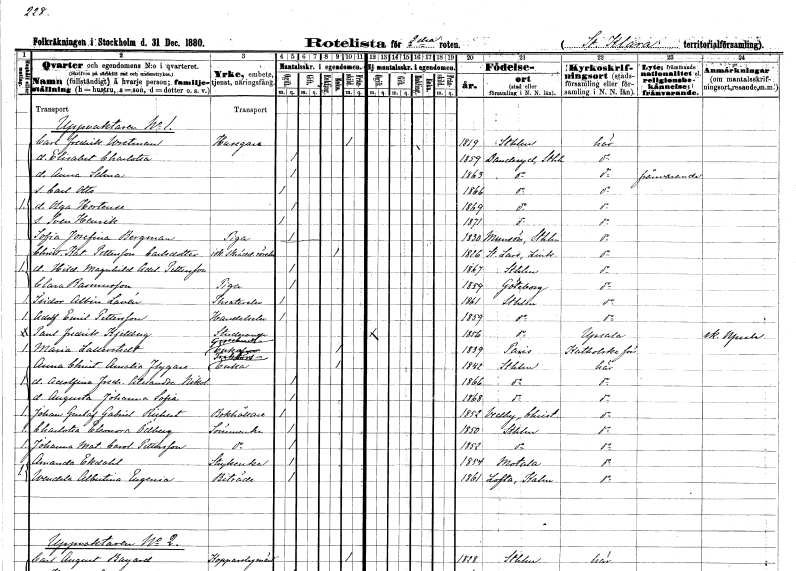
gt_parse: households: individuals: FN: Carl Fredrik
EN: Wretman
YRKE: Husägare
KON: M
CIV: X
FODAR: 1819
FODFORS: Stockholm
FN: Elisabet Charlotta
KON: K
CIV: O
FODAR: 1859
FODFORS: Danderyd Stockholms län
FN: Anna Selma
KON: K
CIV: O
FODAR: 1863
FODFORS: Danderyd Stockholms län
FN: Karl Otto
KON: M
CIV: O
FODAR: 1866
FODFORS: Danderyd Stockholms län
FN: Olga Hortense
KON: K
CIV: O
FODAR: 1869
FODFORS: Danderyd Stockholms län
FN: Sven Henrik
KON: M
CIV: O
FODAR: 1871
FODFORS: Danderyd Stockholms län
FN: Sofia Josefina
EN: Bergman
YRKE: Piga
KON: K
CIV: O
FODAR: 1830
FODFORS: Munsö Stockholms län
FN: Christina Catarina
EN: Pettersson Carlsdotter
YRKE: Skrädderiidkerska
KON: K
CIV: E
FODAR: 1826
FODFORS: Linköpings Sankt Lars Östergötlands län
FN: Hildegard Magnhild Adelina
EN: Pettersson
KON: K
CIV: O
FODAR: 1867
FODFORS: Stockholm
FN: Clara
EN: Rasmusson
YRKE: Piga
KON: K
CIV: O
FODAR: 1859
FODFORS: Göteborg Göteborgs- och Bohuslän
FN: Isidor Albin
EN: Lavén
YRKE: Teaterelev
KON: M
CIV: O
FODAR: 1861
FODFORS: Stockholm
FN: Adolf Emil
EN: Pettersson
YRKE: Handelselev
KON: M
CIV: O
FODAR: 1859
FODFORS: Stockholm
FN: Paul Fredrik
EN: Kjellberg
YRKE: Studerande
KON: M
CIV: O
FODAR: 1856
FODFORS: Stockholm
FN: Maria
EN: Lallerstedt
YRKE: Grosshandlareänka
KON: K
CIV: E
FODAR: 1839
FN: Anna Christina Amalia
EN: Flygare
YRKE: Traktörsänka
KON: K
CIV: E
FODAR: 1842
FODFORS: Stockholm
FN: Adolfina Fredrika Alexandra Nikolina
KON: K
CIV: O
FODAR: 1866
FODFORS: Stockholm
FN: Augusta Johanna Sofia
KON: K
CIV: O
FODAR: 1868
FODFORS: Stockholm
FN: Johan Gustaf Gabriel
EN: Richert
YRKE: Bokhållare
KON: M
CIV: O
FODAR: 1852
FODFORS: Vedby Kristianstads län
FN: Charlotta Eleonora
EN: Ödberg
YRKE: Sömmerska
KON: K
CIV: O
FODAR: 1850
FODFORS: Stockholm
FN: Johanna Matilda Carolina
EN: Pettersson
YRKE: Sömmerska
KON: K
CIV: O
FODAR: 1852
FODFORS: Stockholm
FN: Amanda
EN: Ekdahl
YRKE: Strykerska
KON: K
CIV: O
FODAR: 1854
FODFORS: Motala Östergötlands län
FN: Vendela Albertina Eugenia
EN: Ekdahl
YRKE: Biträde
KON: K
CIV: O
FODAR: 1861
FODFORS: Lofta Kalmar län